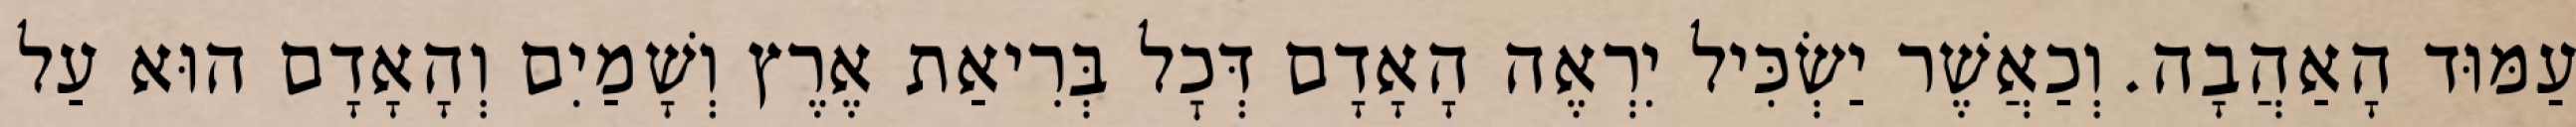
עַמּוּד הָאַהֲבָה. וְכַאֲשֶׁר יַשְׂכִּיל יִרְאֶה הָאָדָם דְּכׇל בְּרִיאַת אֶרֶץ וְשָׁמַיִם וְהָאָדָם הוּא עַל